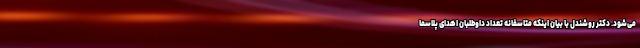
می‌شود. دکتر روشندل با بیان اینکه متاسفانه تعداد داوطلبان اهدای پلاسما